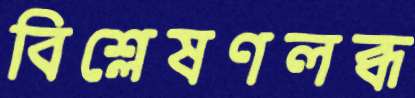
বিশ্লেষণলব্ধ